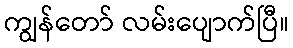
ကျွန်တော် လမ်းပျောက်ပြီ။